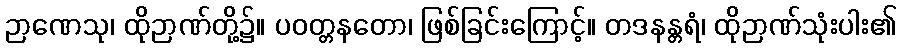
ဉာဏေသု၊ ထိုဉာဏ်တို့၌။ ပဝတ္တနတော၊ ဖြစ်ခြင်းကြောင့်။ တဒနန္တရံ၊ ထိုဉာဏ်သုံးပါး၏